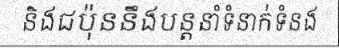
និងជប៉ុននឹងបន្តនាំទំនាក់ទំនង